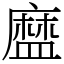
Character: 𥂓